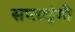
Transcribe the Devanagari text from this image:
सप्‍तशृंगी